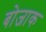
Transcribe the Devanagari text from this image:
बोजाक